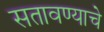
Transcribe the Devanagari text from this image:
सतावण्याचे